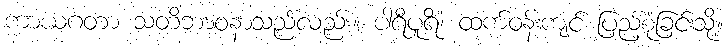
ကာယဂတာ သတိဘာဝနာသည်လည်း။ ပါရိပူရိံ၊ ထက်ဝန်းကျင် ပြည့်စုံခြင်းသို့။